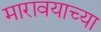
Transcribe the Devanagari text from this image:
मारावयाच्या